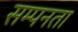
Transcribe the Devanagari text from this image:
सम्पनता